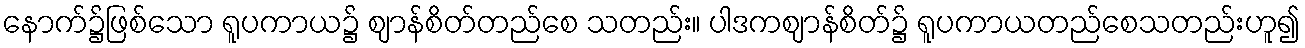
နောက်၌ဖြစ်သော ရူပကာယ၌ ဈာန်စိတ်တည်စေ သတည်း။ ပါဒကဈာန်စိတ်၌ ရူပကာယတည်စေသတည်းဟူ၍